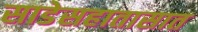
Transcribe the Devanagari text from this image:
साडेसहातासात